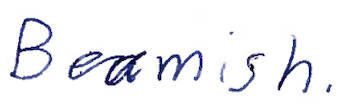
Text: Beamish.
Cross-out: clean
Writing tool: ballpoint